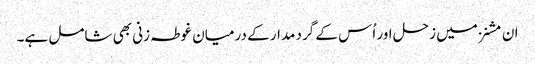
ان مشنز میں زحل اور اُس کے گرد مدار کے درمیان غوطہ زنی بھی شامل ہے۔